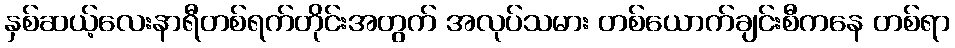
နှစ်ဆယ့်လေးနာရီတစ်ရက်တိုင်းအတွက် အလုပ်သမား တစ်ယောက်ချင်းစီကနေ တစ်ရာ